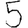
Digit: 5